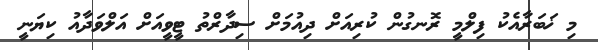
މި ޚަބަރާއެކު ފިލްމީ ރޮނގުން ކުރިއަށް ދިއުމަށް ސިދާރްތު ޓީވީއަށް އަލްވަދާއު ކިޔަނީ